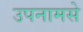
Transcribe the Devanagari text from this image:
उपनामसे